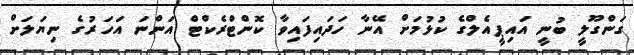
ގަންގޫލީ ބުނީ އައިޕީއެލްގެ ކުޅުމަށް އޭނާ ހަދައިފައިވާ ކޮންޓްރެކްޓް އަންނަ އަހަރުގެ ނިޔަލަށް